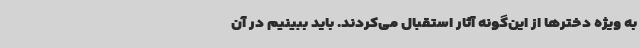
به ویژه دخترها از این‌گونه آثار استقبال می‌کردند. باید ببینیم در آن